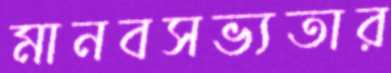
মানবসভ্যতার